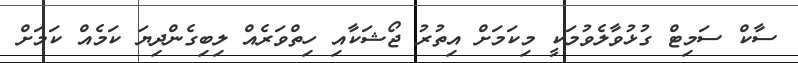
ސާކް ސަމިޓް ގުޅުވާލެވުމަކީ މިކަމަށް އިތުރު ޖޯޝަކާއި ހިތްވަރެއް ލިބިގެންދިޔަ ކަމެއް ކަމަށް